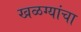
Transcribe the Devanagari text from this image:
खळग्यांचा